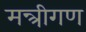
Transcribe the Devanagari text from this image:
मन्त्रीगण